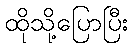
ထိုသို့ပြောပြီး